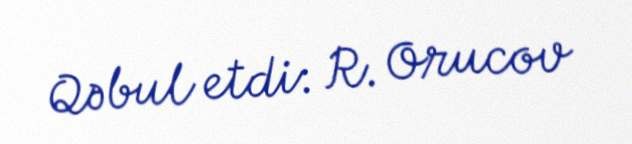
Qəbul etdi: R. Orucov